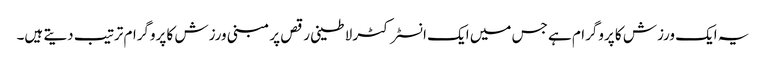
یہ ایک ورزش کا پروگرام ہے جس میں ایک انسٹرکٹر لاطینی رقص پر مبنی ورزش کا پروگرام ترتیب دیتے ہیں۔